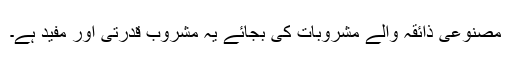
مصنوعی ذائقہ والے مشروبات کی بجائے یہ مشروب قدرتی اور مفید ہے۔